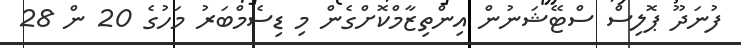
ފުނަދޫ ޕޮލިސް ސްޓޭޝަނުން އިންތިޒާމްކޮށްގެން މި ޑިސެމްބަރު މަހުގެ 20 ން 28